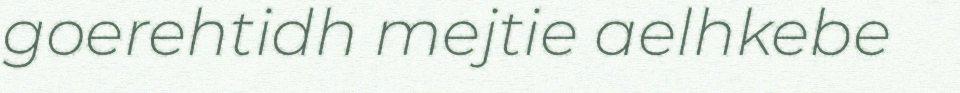
goerehtidh mejtie aelhkebe